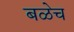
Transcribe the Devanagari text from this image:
बळेच